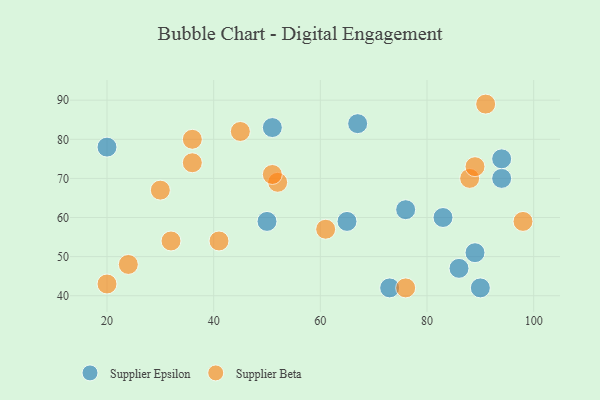
{"axis": {"x": "GDP", "y": "Life Expectancy"}, "legend": ["Supplier Beta", "Supplier Epsilon"], "data": [{"x": "51", "y": 83, "type": "Supplier Epsilon"}, {"x": "67", "y": 84, "type": "Supplier Epsilon"}, {"x": "76", "y": 62, "type": "Supplier Epsilon"}, {"x": "90", "y": 42, "type": "Supplier Epsilon"}, {"x": "94", "y": 70, "type": "Supplier Epsilon"}, {"x": "20", "y": 78, "type": "Supplier Epsilon"}, {"x": "50", "y": 59, "type": "Supplier Epsilon"}, {"x": "73", "y": 42, "type": "Supplier Epsilon"}, {"x": "86", "y": 47, "type": "Supplier Epsilon"}, {"x": "83", "y": 60, "type": "Supplier Epsilon"}, {"x": "65", "y": 59, "type": "Supplier Epsilon"}, {"x": "94", "y": 75, "type": "Supplier Epsilon"}, {"x": "89", "y": 51, "type": "Supplier Epsilon"}, {"x": "20", "y": 43, "type": "Supplier Beta"}, {"x": "61", "y": 57, "type": "Supplier Beta"}, {"x": "52", "y": 69, "type": "Supplier Beta"}, {"x": "36", "y": 74, "type": "Supplier Beta"}, {"x": "76", "y": 42, "type": "Supplier Beta"}, {"x": "32", "y": 54, "type": "Supplier Beta"}, {"x": "36", "y": 80, "type": "Supplier Beta"}, {"x": "30", "y": 67, "type": "Supplier Beta"}, {"x": "51", "y": 71, "type": "Supplier Beta"}, {"x": "91", "y": 89, "type": "Supplier Beta"}, {"x": "45", "y": 82, "type": "Supplier Beta"}, {"x": "41", "y": 54, "type": "Supplier Beta"}, {"x": "88", "y": 70, "type": "Supplier Beta"}, {"x": "98", "y": 59, "type": "Supplier Beta"}, {"x": "24", "y": 48, "type": "Supplier Beta"}, {"x": "89", "y": 73, "type": "Supplier Beta"}]}